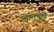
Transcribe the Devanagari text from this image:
लेयरबुख